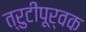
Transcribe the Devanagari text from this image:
त्रुटीपूर्वक